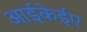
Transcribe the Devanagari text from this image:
आईकेईए